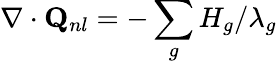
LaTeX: \nabla\cdot{{\mathbf{Q}}_{nl}}=-\sum_{g}{{H_{g}}/{\lambda_{g}}}